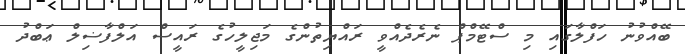
ބޭއްވުނު ހަފްލާގައި މި ސްޓޭމްޕް ނެރެދެއްވީ ރައްޔިތުންގެ މަޖިލީހުގެ ރައީސް އަލްފާޟިލް ޢަބްދު